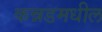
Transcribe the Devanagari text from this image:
कन्नडमधील